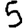
Digit: 5